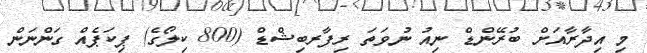
މި އިދާރާއަށް ބުރޭންޑް ނިއު ނުވަތަ ރިފާރބިޝްޑް (800 ކިލޯގެ) ޕިކަޕެއް ގަންނަން